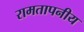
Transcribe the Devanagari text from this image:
रामतापनीय